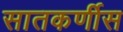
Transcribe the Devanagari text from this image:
सातकर्णीस